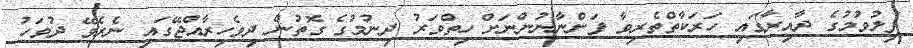
ފިލުވުމުގެ ދާއިރާގައި ހަރަކާތްތެރިވާ ފަންނާނުންނަށް ހިތްވަރު ދިނުމުގެ ގޮތުން ދިވެހިރާއްޖޭގައި ނެރެވޭ ދުވަހު